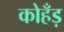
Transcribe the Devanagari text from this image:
कोहँड़